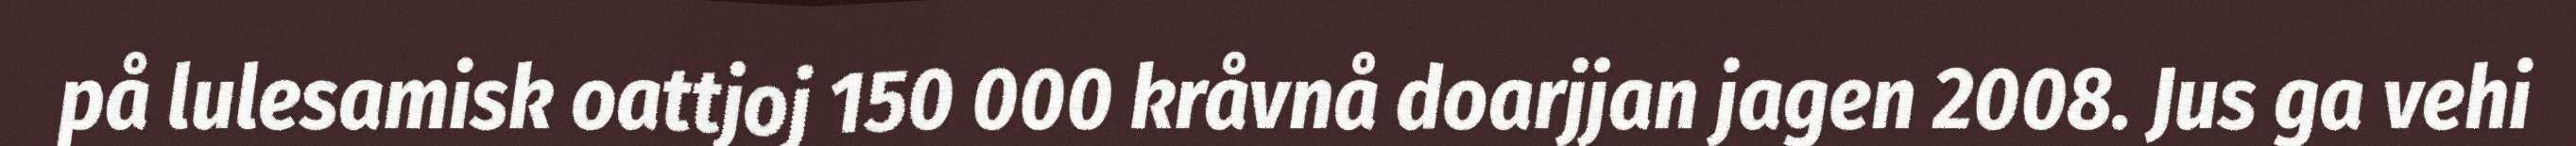
på lulesamisk oattjoj 150 000 kråvnå doarjjan jagen 2008. Jus ga vehi